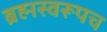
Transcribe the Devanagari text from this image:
ब्रह्मस्वरूपच